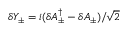
\delta Y _ { \pm } = i ( \delta A _ { \pm } ^ { \dagger } - \delta A _ { \pm } ) / \! \sqrt { 2 }